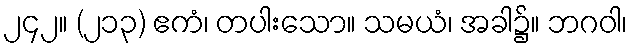
၂၄၂။ (၂၁၃) ဧကံ၊ တပါးသော။ သမယံ၊ အခါ၌။ ဘဂဝါ၊